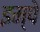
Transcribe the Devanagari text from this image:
इम्पे